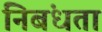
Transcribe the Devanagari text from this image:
निबंधता